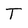
Character: T